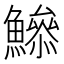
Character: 𩻦